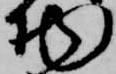
物